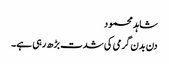
شاہد محمود
دن بدن گرمی کی شدت بڑھ رہی ہے۔